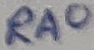
Text: RA0